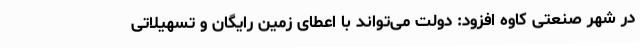
در شهر صنعتی کاوه افزود: دولت می‌تواند با اعطای زمین رایگان و تسهیلاتی